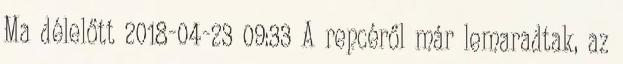
Ma délelőtt 2018-04-23 09:33 A repcéről már lemaradtak, az